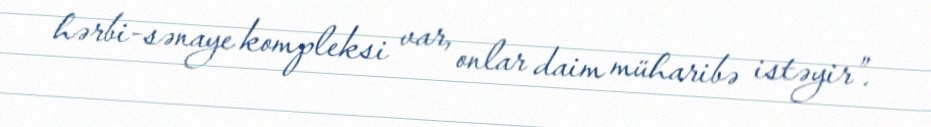
hərbi-sənaye kompleksi var, onlar daim müharibə istəyir”.